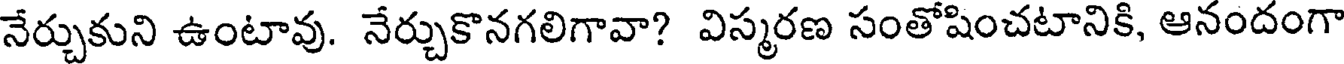
నేర్చుకుని ఉంటావు. నేర్చుకొనగలిగావా? విస్మరణ సంతోషించటానికి, ఆనందంగా